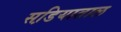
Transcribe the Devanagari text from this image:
सडि़याताल